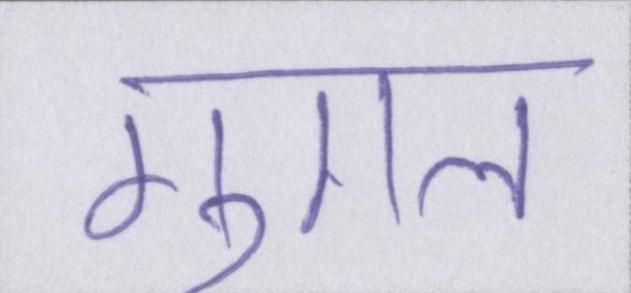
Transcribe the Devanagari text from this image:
गुगल